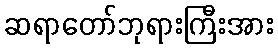
ဆရာတော်ဘုရားကြီးအား